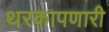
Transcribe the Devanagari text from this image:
थरकापणारी